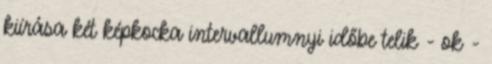
kiírása két képkocka intervallumnyi időbe telik - ok -